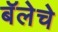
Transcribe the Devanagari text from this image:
बॅलेचे